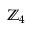
\mathbb { Z } _ { 4 }